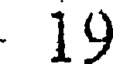
19